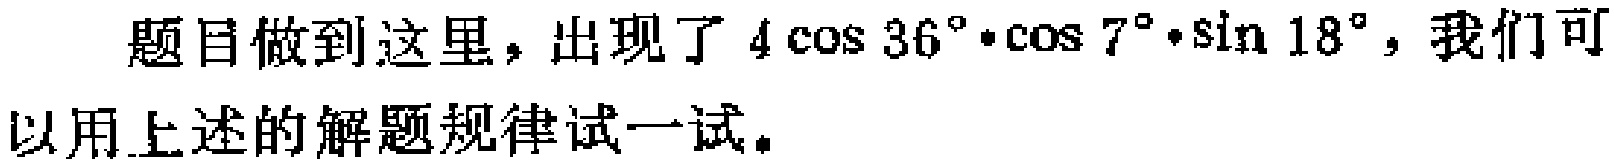
题目做到这里，出现了\(4\cos 36^{\circ}\cdot\cos 7^{\circ}\cdot\sin 18^{\circ}\)，我们可以用上述的解题规律试一试。